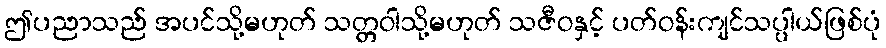
ဤပညာသည် အပင်သို့မဟုတ် သတ္တဝါသို့မဟုတ် သဇီဝနှင့် ပတ်ဝန်းကျင်သပ္ပါယ်ဖြစ်ပုံ